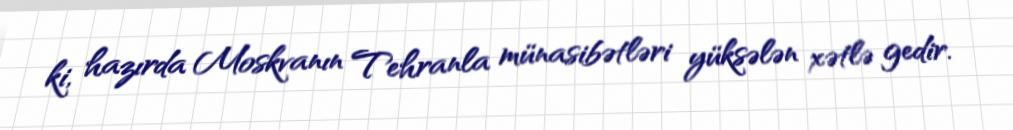
ki, hazırda Moskvanın Tehranla münasibətləri yüksələn xətlə gedir.